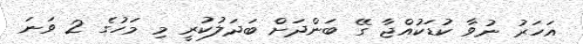
އަހަރު ނުވާ ކުޑަކުއްޖާ ގޭ ބަންދަށް ބަދަލުކުރީ މި މަހުގެ 2 ވަނަ